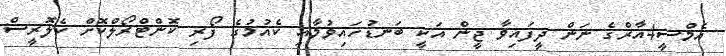
އެމްސީ4އާރްގެ ނަން ދީފައިވާ ޖީން އަކީ ބަނޑުހައިވުމާއި ކެއުމުގެ ފޯރި ކޮންޓްރޯލްކޮށް ކެލޮރީސް